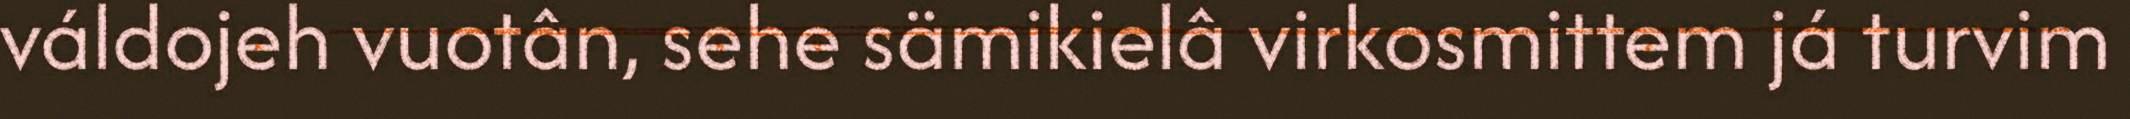
váldojeh vuotân, sehe sämikielâ virkosmittem já turvim